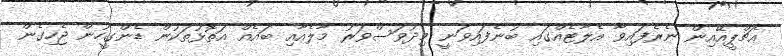
އެޗްޕީއޭއިން ނެރެފައިވާ އެލާޓެއްގައި ބުނެފައިވަނީ މިދުވަސްވަރު މާލެއާއި ބައެއް އަތޮޅުތަކުން ޑެންގީހުން ޖެހިގެން